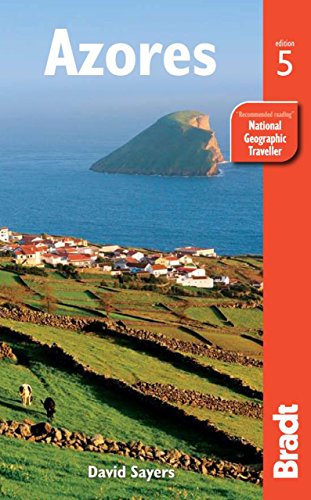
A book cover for Azores (Bradt Travel Guide); David Sayers; Travel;